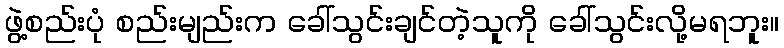
ဖွဲ့စည်းပုံ စည်းမျည်းက ခေါ်သွင်းချင်တဲ့သူကို ခေါ်သွင်းလို့မရဘူး။